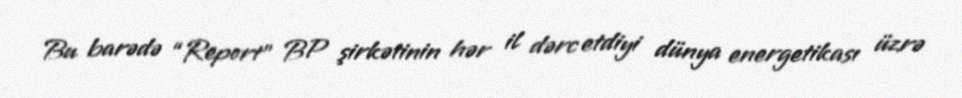
Bu barədə “Report” BP şirkətinin hər il dərc etdiyi dünya energetikası üzrə